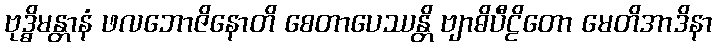
ဗုဒ္ဓိမန္တာနံ ဖလဘောဇိနောတိ စေတာပေဿန္တိ ဗျာဓိပီဠိတော မေတိအာဒိနာ